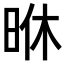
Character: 𭥶